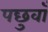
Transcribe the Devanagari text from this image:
पछुवाँ